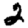
Digit: 2